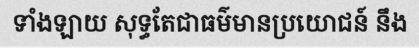
ទាំងឡាយ សុទ្ធតែជាធម៌មានប្រយោជន៍ នឹង